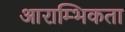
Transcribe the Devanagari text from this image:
आराम्भिकता